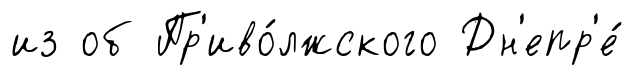
из об Пр'иво́лжского Дн'епр'е́